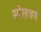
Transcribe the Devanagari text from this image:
स्पेलबर्ग